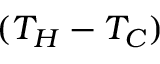
( T _ { H } - T _ { C } )